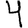
Digit: 4